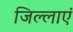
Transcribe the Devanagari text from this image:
जिल्लाएं